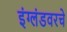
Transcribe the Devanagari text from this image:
इंग्लंडवरचे